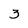
Character: 3